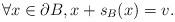
LaTeX: \begin{align*}\forall x \in \partial B, x+s_B(x)=v.\end{align*}